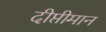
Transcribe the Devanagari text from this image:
दीप्तीमान